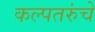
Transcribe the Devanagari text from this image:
कल्पतरुंचे